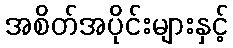
အစိတ်အပိုင်းများနှင့်